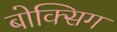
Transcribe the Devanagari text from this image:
बोक्सिग